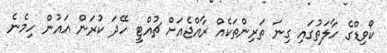
ކޯވިޑްގެ ހާލަތުގައި ގިނަ ތަރިންތަކެއް ރާއްޖެއަށް ޗުއްޓީ ހޭދަ ކުރަން އައުން ހިމެނެ